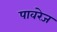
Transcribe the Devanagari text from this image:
पावरेज